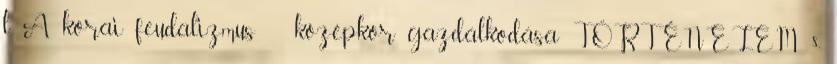
l A korai feudalizmus középkor gazdálkodása TÖRTÉNELEM 8.